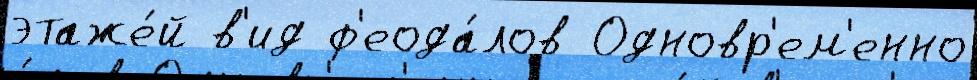
этаже́й в'ид ф'еода́лов Одновр'ем'енно